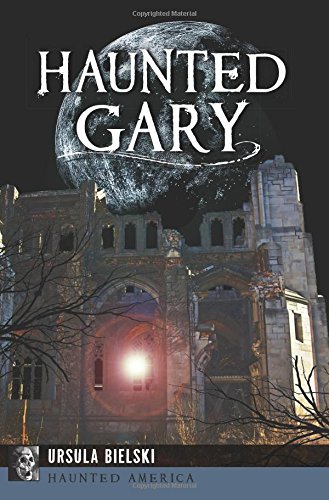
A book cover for Haunted Gary (Haunted America); Ursula Bielski; Religion & Spirituality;